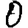
Digit: 0